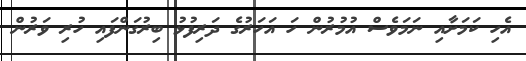
އެހި ކަމަށާއި ނަމަވެސް އުމުރުން ހަ އަހަރުގެ ދަރިފުޅު ބިރުގަންފައި ހުރި ވަރުން